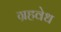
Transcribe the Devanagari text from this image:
ग्रहवेध